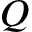
Q